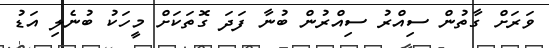
ވަރަށް ގާތުން ސިއްރު ސިއްރުން ބުނާ ފަދަ ގޮތަކަށް މީހަކު ބުނެލި އަޑު